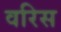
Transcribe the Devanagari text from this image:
वरिस